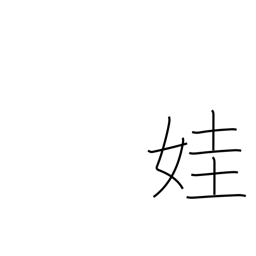
Meaning: beautiful